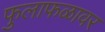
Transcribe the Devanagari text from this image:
फुलाफळावर